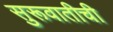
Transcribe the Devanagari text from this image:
सुरूवातीची